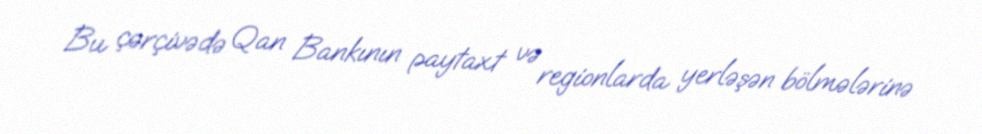
Bu çərçivədə Qan Bankının paytaxt və regionlarda yerləşən bölmələrinə